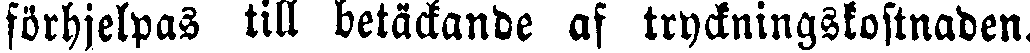
förhjelpas till betäckande af tryckningskostnaden.